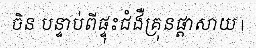
ចិន បន្ទាប់ពីផ្ទុះជំងឺគ្រុនផ្តាសាយ |